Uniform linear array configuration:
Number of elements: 32
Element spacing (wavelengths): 0.75
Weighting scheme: blackman
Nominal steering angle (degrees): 15
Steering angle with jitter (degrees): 16.103
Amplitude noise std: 0.05
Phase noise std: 0.05

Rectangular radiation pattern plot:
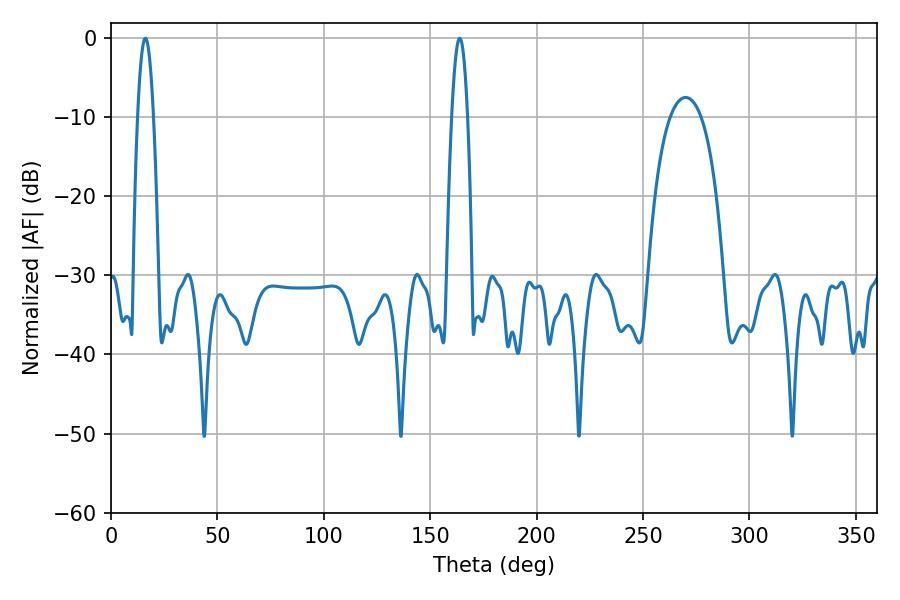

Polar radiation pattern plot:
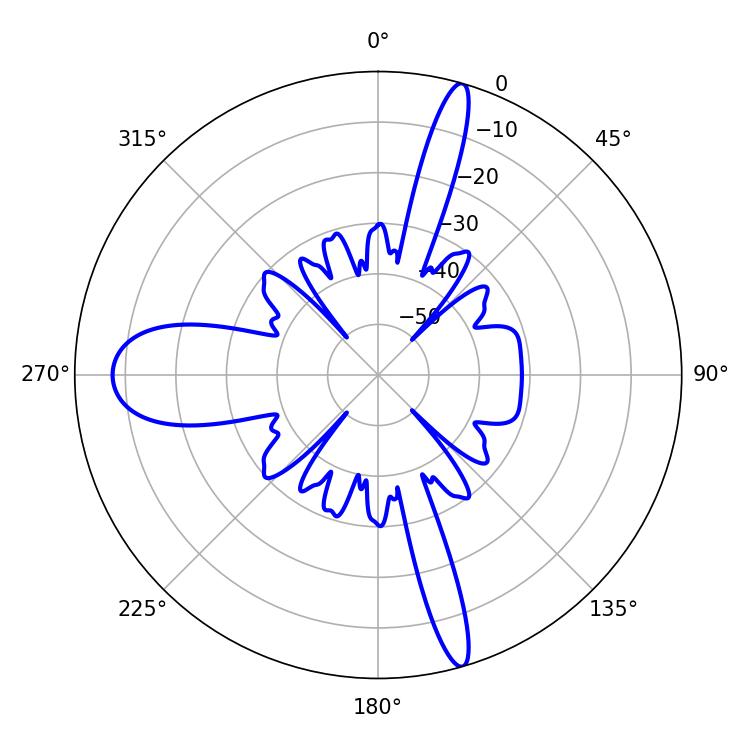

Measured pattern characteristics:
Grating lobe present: TRUE
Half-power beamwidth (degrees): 3.96
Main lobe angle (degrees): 163.8